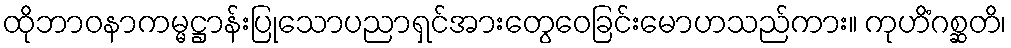
ထိုဘာဝနာကမ္မဋ္ဌာန်းပြုသောပညာရှင်အားတွေဝေခြင်းမောဟသည်ကား။ ကုဟိံဂစ္ဆတိ၊